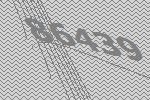
86439